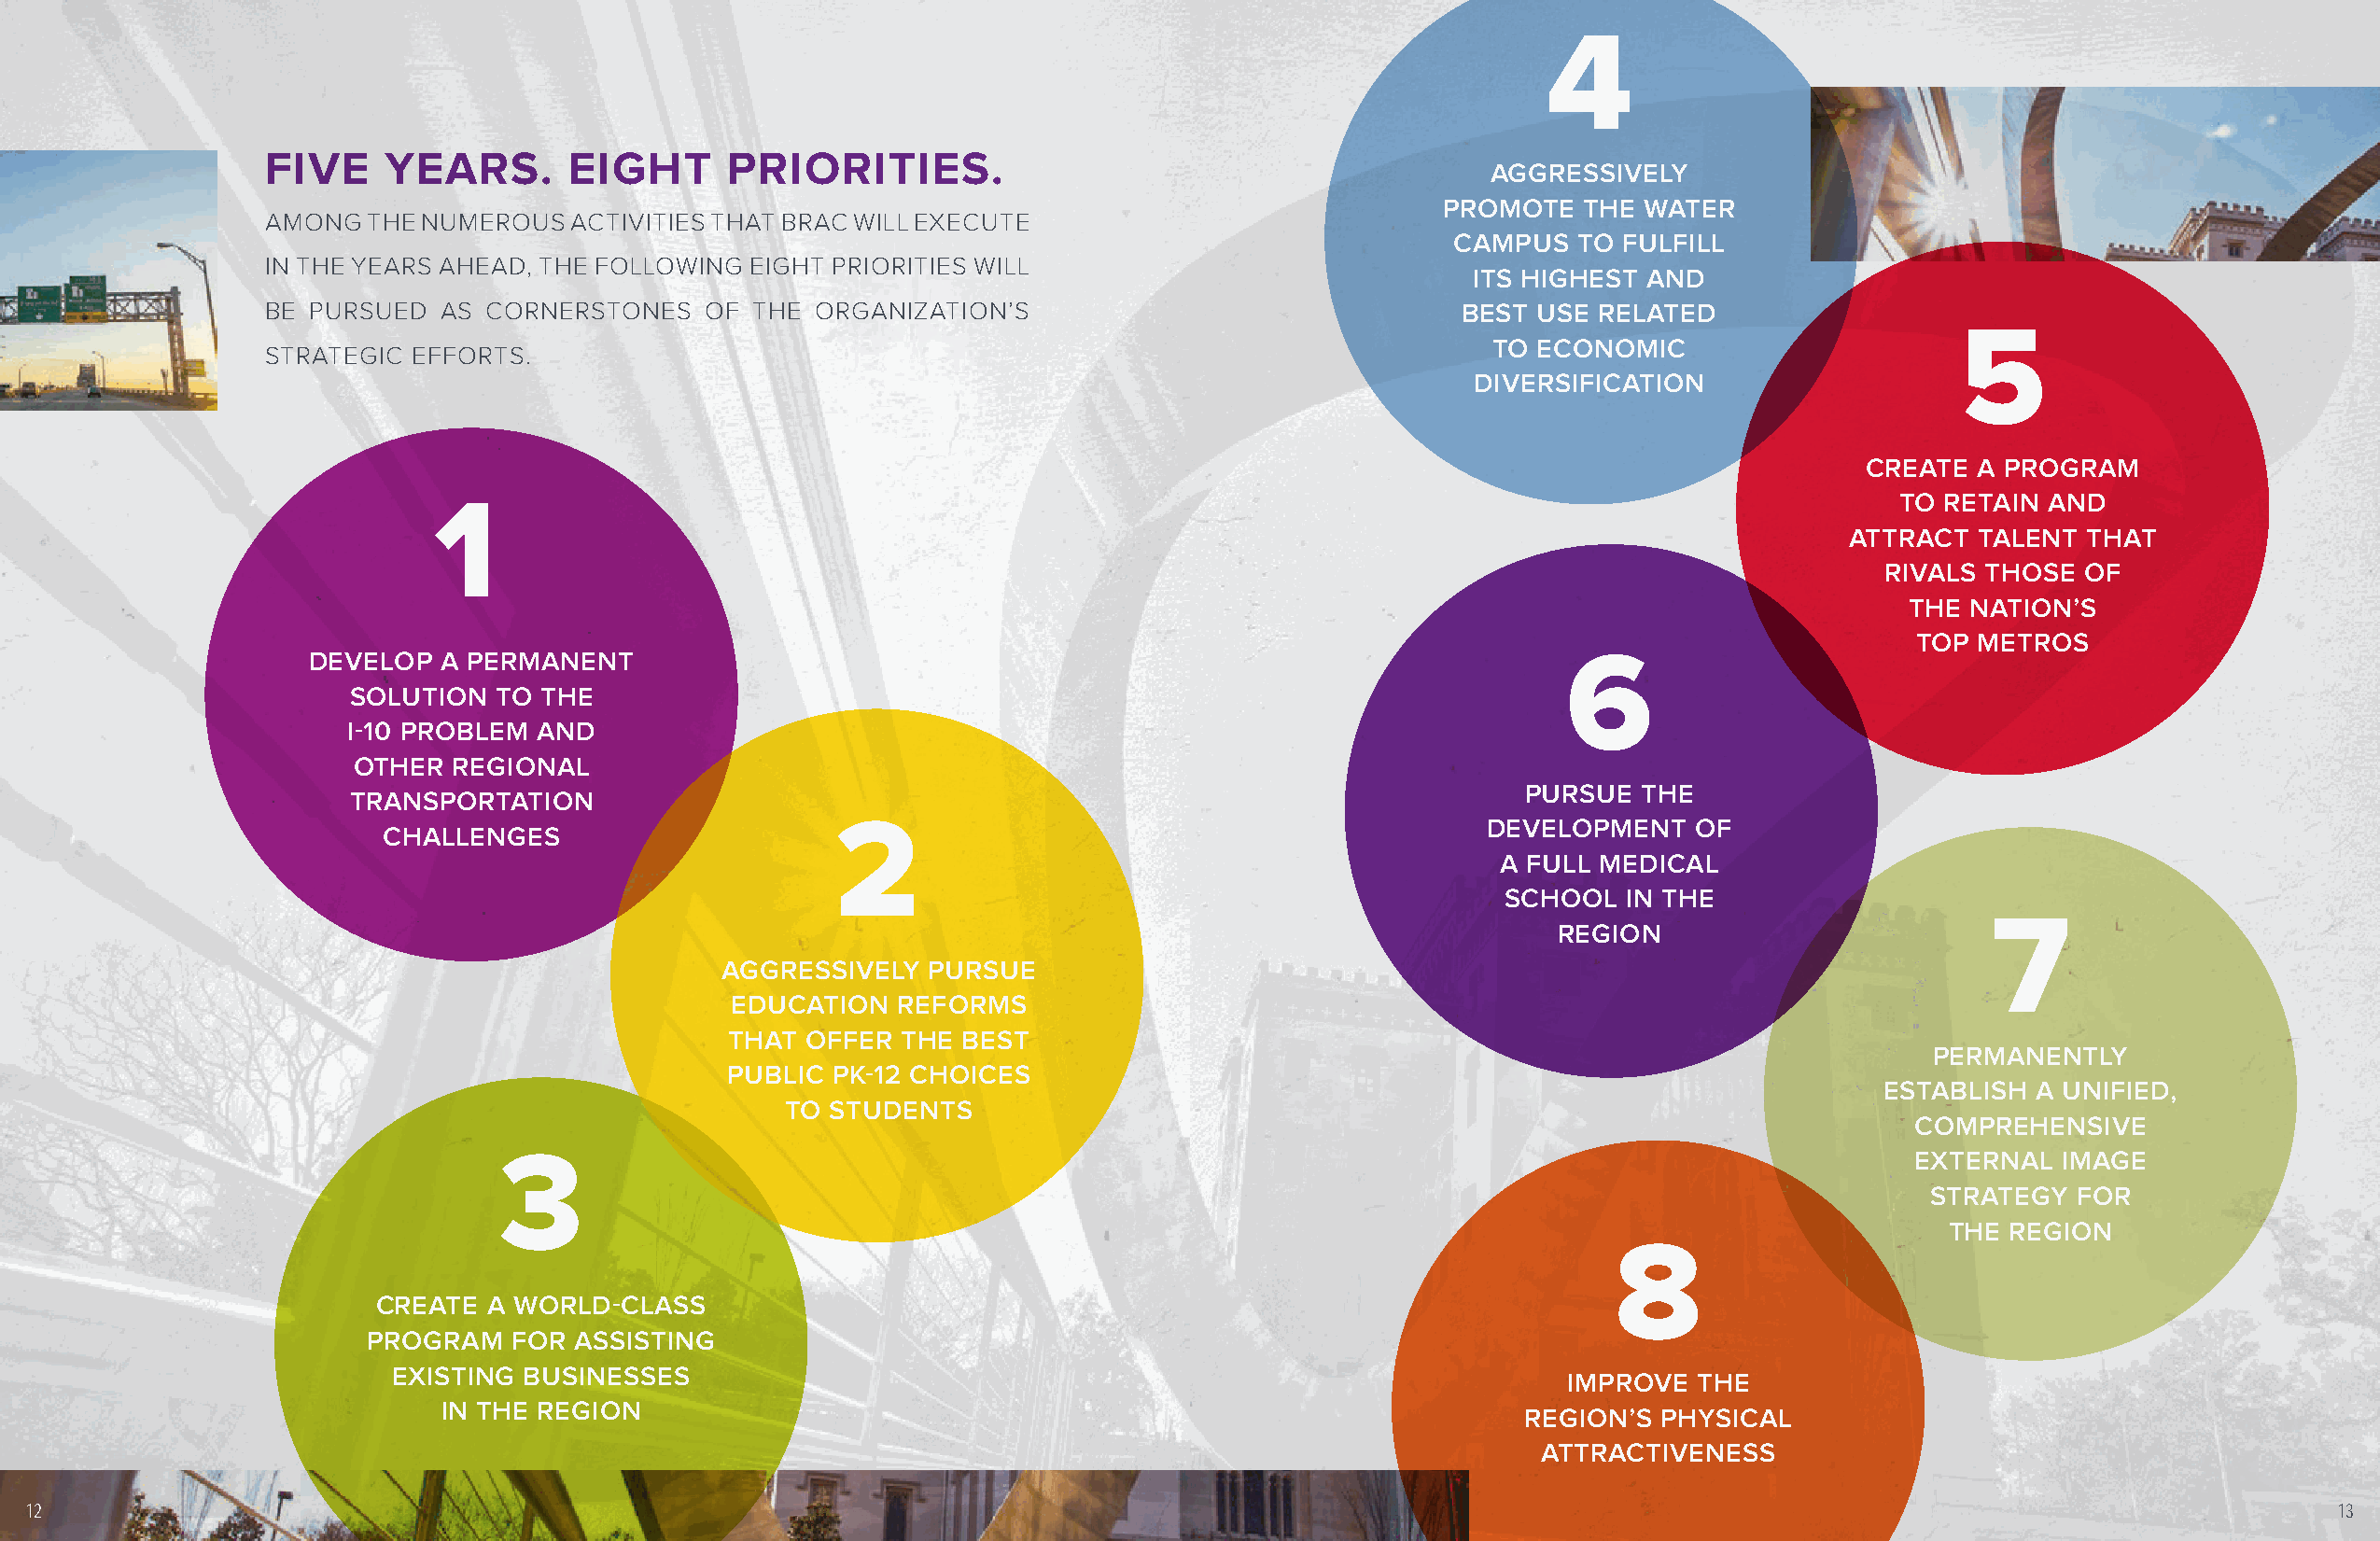
4
 FIVE    YEARS.       EIGHT       PRIORITIES.
 AGGRESSIVELY
 PROMOTE   THE  WATER
 AMONG  THE NUMEROUS   ACTIVITIES THAT BRAC WILL EXECUTE
 CAMPUS   TO FULFILL
 IN THE YEARS AHEAD, THE FOLLOWING EIGHT PRIORITIES WILL
 ITS HIGHEST  AND
 BE PURSUED  AS CORNERSTONES    OF THE  ORGANIZATION’S                                BEST USE RELATED
 5
 TO ECONOMIC
 STRATEGIC EFFORTS.
 DIVERSIFICATION
 CREATE  A PROGRAM
 1                                                                                                       TO RETAIN AND
 ATTRACT  TALENT  THAT
 RIVALS THOSE  OF
 THE  NATION’S
 TOP METROS
 6
 DEVELOP  A PERMANENT
 SOLUTION  TO THE
 I-10 PROBLEM AND
 OTHER  REGIONAL
 PURSUE  THE
 TRANSPORTATION
 2
 DEVELOPMENT    OF
 CHALLENGES
 A FULL MEDICAL
 SCHOOL  IN THE
 7
 REGION
 AGGRESSIVELY   PURSUE
 EDUCATION   REFORMS
 THAT OFFER  THE BEST
 PERMANENTLY
 PUBLIC PK-12 CHOICES
 ESTABLISH A UNIFIED,
 TO STUDENTS
 COMPREHENSIVE
 3
 EXTERNAL  IMAGE
 STRATEGY  FOR
 THE  REGION
 8
 CREATE  A WORLD-CLASS
 PROGRAM   FOR  ASSISTING
 EXISTING BUSINESSES
 IMPROVE  THE
 IN THE REGION
 REGION’S  PHYSICAL
 ATTRACTIVENESS
 12                                                                                                                                                                  13